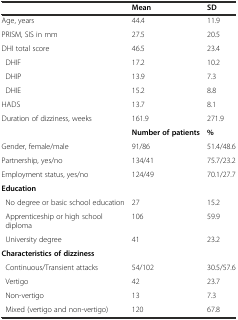
<table><thead><tr><td></td><td><b>Mean</b></td><td><b>SD</b></td></tr></thead><tbody><tr><td>Age, years</td><td>44.4</td><td>11.9</td></tr><tr><td>PRISM, SIS in mm</td><td>27.5</td><td>20.5</td></tr><tr><td>DHI total score</td><td>46.5</td><td>23.4</td></tr><tr><td> DHIF</td><td>17.2</td><td>10.2</td></tr><tr><td> DHIP</td><td>13.9</td><td>7.3</td></tr><tr><td> DHIE</td><td>15.2</td><td>8.8</td></tr><tr><td>HADS</td><td>13.7</td><td>8.1</td></tr><tr><td>Duration of dizziness, weeks</td><td>161.9</td><td>271.9</td></tr><tr><td></td><td><b>Number of patients</b></td><td><b>%</b></td></tr><tr><td>Gender, female/male</td><td>91/86</td><td>51.4/48.6</td></tr><tr><td>Partnership, yes/no</td><td>134/41</td><td>75.7/23.2</td></tr><tr><td>Employment status, yes/no</td><td>124/49</td><td>70.1/27.7</td></tr><tr><td><b>Education</b></td><td></td><td></td></tr><tr><td> No degree or basic school education</td><td>27</td><td>15.2</td></tr><tr><td> Apprenticeship or high school diploma</td><td>106</td><td>59.9</td></tr><tr><td> University degree</td><td>41</td><td>23.2</td></tr><tr><td><b>Characteristics of dizziness</b></td><td></td><td></td></tr><tr><td> Continuous/Transient attacks</td><td>54/102</td><td>30.5/57.6</td></tr><tr><td> Vertigo</td><td>42</td><td>23.7</td></tr><tr><td> Non-vertigo</td><td>13</td><td>7.3</td></tr><tr><td> Mixed (vertigo and non-vertigo)</td><td>120</td><td>67.8</td></tr></tbody></table>